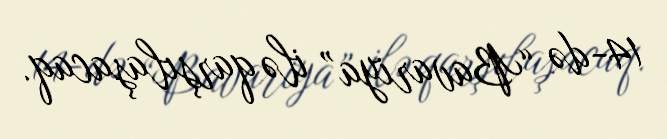
14-də “Bavariya” ilə qarşılaşacaq.